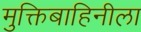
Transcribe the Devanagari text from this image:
मुक्तिबाहिनीला